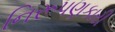
નિરૂપણકારી